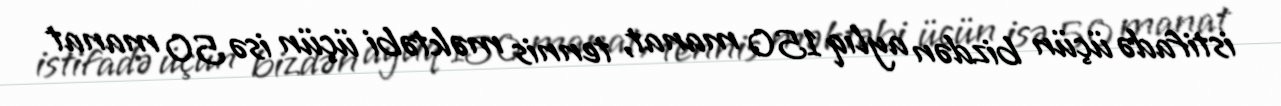
istifadə üçün bizdən aylıq 150 manat, tennis məktəbi üçün isə 50 manat